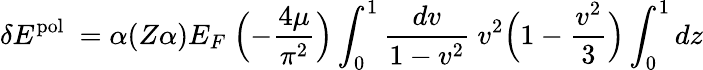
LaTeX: \delta E^{\mathrm{pol}}~=\alpha(Z\alpha)E_{F}~\Bigl(-\frac{4\mu}{\pi^{2}}\Bigr)\int_{0}^{1}\frac{dv}{1-v^{2}}~v^{2}\Bigl(1-\frac{v^{2}}{3}\Bigr)\int_{0}^{1}{dz}